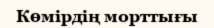
Көмірдің морттығы